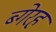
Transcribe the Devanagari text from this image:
ब्गेरह